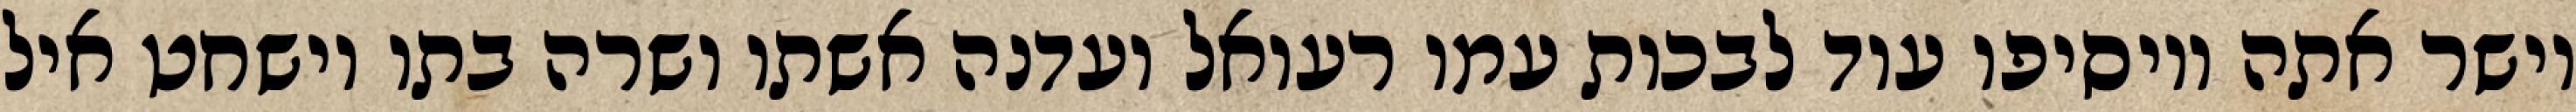
וישר אתה ויוסיפו עוד לבכות עמו רעואל ועדנה אשתו ושרה בתו וישחט איל